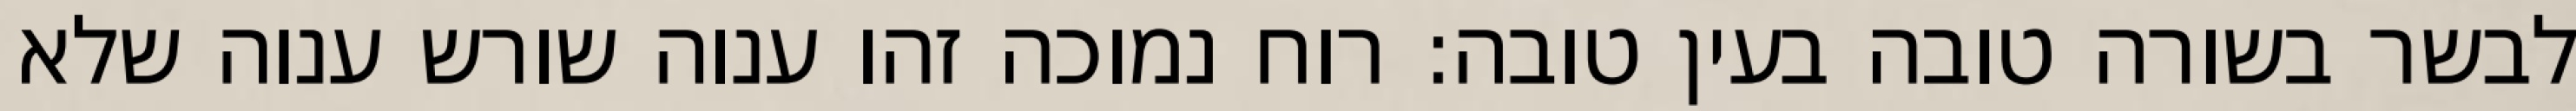
לבשר בשורה טובה בעין טובה: רוח נמוכה זהו ענוה שורש ענוה שלא